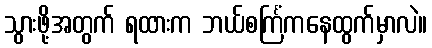
သွားဖို့အတွက် ရထားက ဘယ်စင်္ကြံကနေထွက်မှာလဲ။